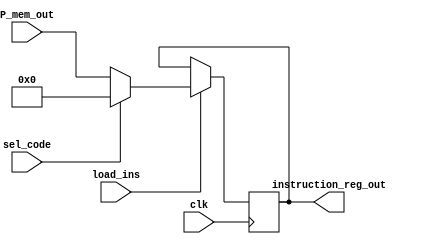
module instruction_reg(input clk,load_ins,sel_code,
                       input[11:0] P_mem_out,
                       output[11:0] instruction_reg_out);
       reg[11:0] instruction_reg;
       assign instruction_reg_out=instruction_reg;
       always@(posedge clk)
         if(load_ins)
           if(!sel_code)
           instruction_reg<=P_mem_out;
         else
           instruction_reg<=12'b0000_0000_0000;
endmodule